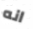
انه